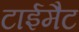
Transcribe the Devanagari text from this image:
टाईमैट